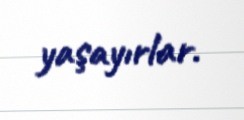
yaşayırlar.